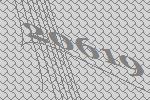
20619